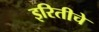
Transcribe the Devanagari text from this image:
इरितीचे